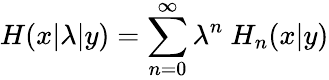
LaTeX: H(x|\lambda|y)=\sum_{n=0}^{\infty}\lambda^{n}\ H_{n}(x|y)